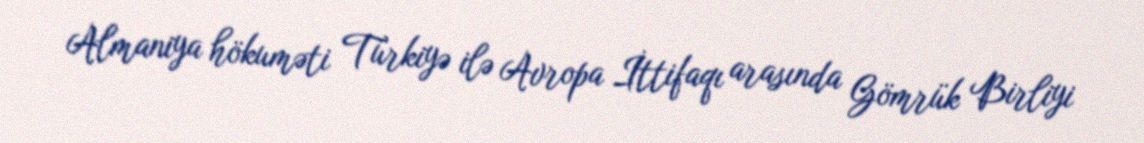
Almaniya hökuməti Türkiyə ilə Avropa İttifaqı arasında Gömrük Birliyi